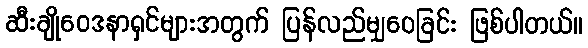
ဆီးချိုဝေဒနာရှင်များအတွက် ပြန်လည်မျှဝေခြင်း ဖြစ်ပါတယ်။